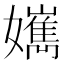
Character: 𡣸